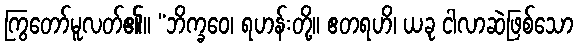
ကြွတော်မူလတ်၏။ “ဘိက္ခဝေ၊ ရဟန်းတို့။ ဧတရဟိ၊ ယခု ငါလာဆဲဖြစ်သော